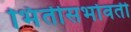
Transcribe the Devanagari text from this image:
भिंतीसभोवती